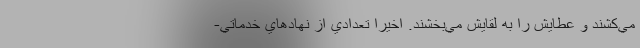
مي‌كشند و عطايش را به لقايش مي‌بخشند. اخيرا تعدادي از نهادهاي خدماتي-